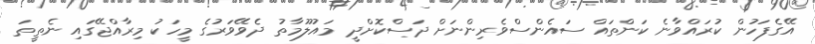
އޭގެފަހުން ކުރައްވާނެ ކަންތައް ސައެންސްވެރިންނަށް ދަސްކޮށްދީ މައުލޫމާތު ދެވޭވަރުގެ މީހަކު މިރާއްޖޭގައި ނެތީތަ